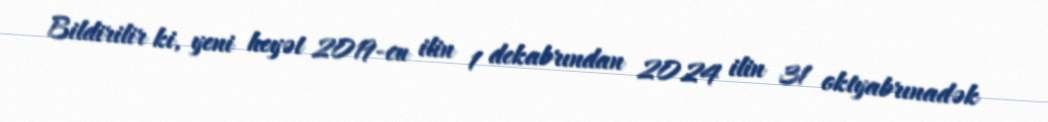
Bildirilir ki, yeni heyət 2019-cu ilin 1 dekabrından 2024 ilin 31 oktyabrınadək